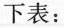
下表：